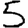
Digit: 5